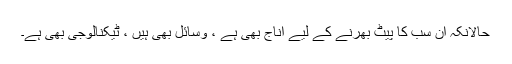
حالانکہ ان سب کا پیٹ بھرنے کے لیے اناج بھی ہے ، وسائل بھی ہیں ، ٹیکنالوجی بھی ہے۔